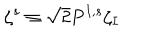
LaTeX: \zeta ^ { s } \equiv { \sqrt { 2 } } P ^ { I , s } \zeta _ { I }